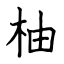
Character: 柚